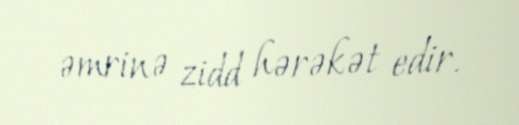
əmrinə zidd hərəkət edir.